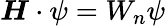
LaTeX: \boldsymbol{H}\cdot\psi=W_{n}\psi